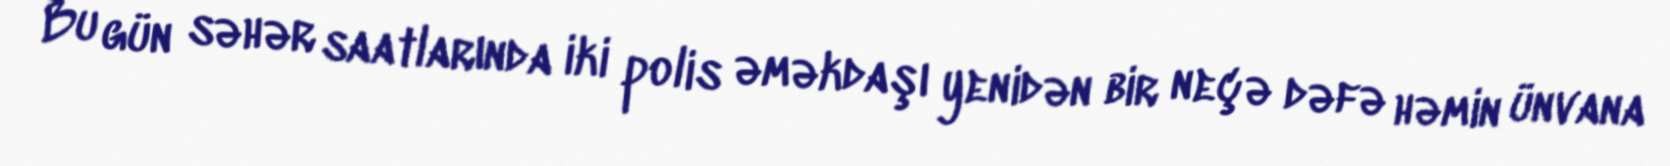
Bu gün səhər saatlarında iki polis əməkdaşı yenidən bir neçə dəfə həmin ünvana